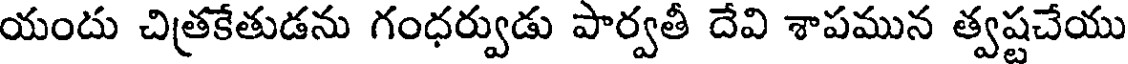
యందు చిత్రకేతుడను గంధర్వుడు పార్వతీ దేవి శాపమున త్వష్టచేయు